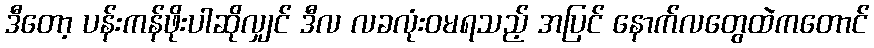
ဒီတော့ ပန်းကန်ဖိုးပါဆိုလျှင် ဒီလ လခလုံးဝမရသည့် အပြင် နောက်လတွေထဲကတောင်